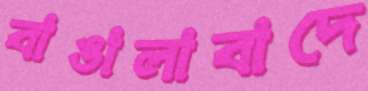
বাঙালাবাদে